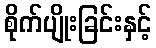
စိုက်ပျိုးခြင်းနှင့်